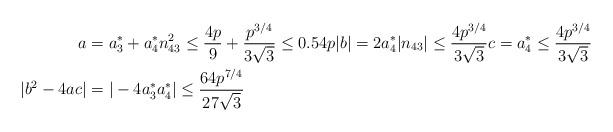
LaTeX: \begin{align*}a &= a_{3}^{*} + a_{4}^{*} n_{43}^{2}\leq \frac{4p}{9} + \frac{p^{3/4}}{3 \sqrt{3}} \leq 0.54p |b| = 2a_{4}^{*} |n_{43}| \leq \frac{4 p^{3/4}}{3 \sqrt{3}} c = a_{4}^{*} \leq \frac{4 p^{3/4}}{3 \sqrt{3}}\\|b^{2} - 4ac| &= |-4a_{3}^{*} a_{4}^{*}| \leq \frac{64 p^{7/4}}{27 \sqrt{3}}\\\end{align*}